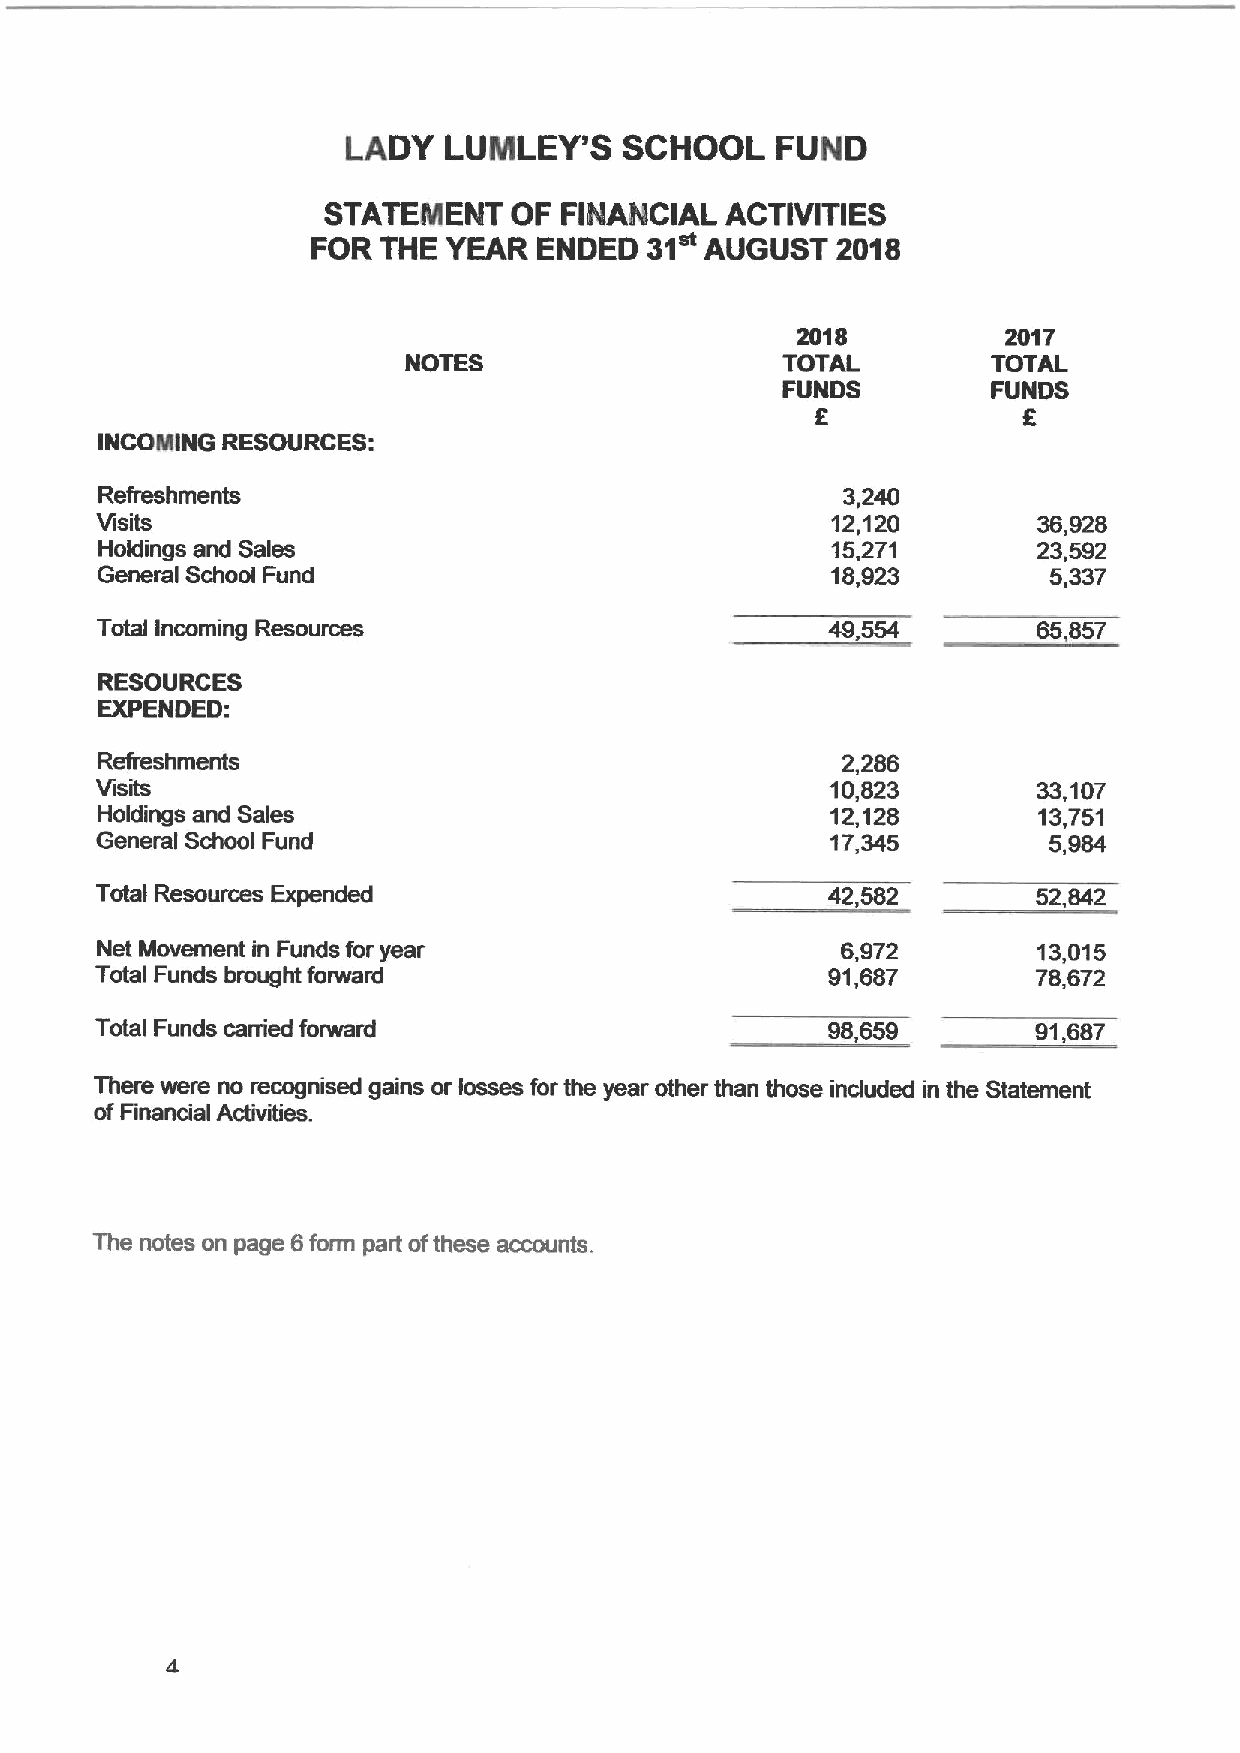
LADY  LUMLEY'S    SCHOOL    FUND
 STATEMENT    OF FINANCIAL  ACTIVITIES
 FOR THE YEAR   ENDED  31  AUGUST  2018
 2018          2017
 NOTES                    TOTAL         TOTAL
 FUNDS         FUNDS
 E             E
 INCOMtNG RESOURCES:
 Refreshments                                     3,240
 Visits                                           12,120        36,928
 Holdings and Sales                               15,271        23,592
 General School Fund                              18,923        5,337
 Total Incoming Resources                         49,554        65,857
 RESOURCES
 EXPENDED:
 Refreshments                                      2,286
 Visits                                           10,823        33,107
 Holdings and Sales                               12,128        13,751
 General School Fund                              17,345        5,984
 Total Resources Expended                         42,582        52,842
 Net Movement in Funds for year                    6,972        13,015
 Total Funds brought foiwaid                      91,687        78,672
 Total Funds carried forward                                    91,687
 There were no recognised gains or losses for the year other than those induded in the Statement
 ofFinancial Activities.
 The notes on page 6form part ofthese accounts.